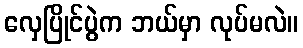
လှေပြိုင်ပွဲက ဘယ်မှာ လုပ်မလဲ။